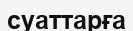
суаттарға